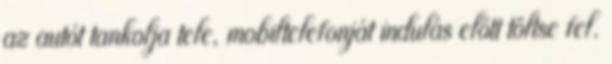
az autót tankolja tele, mobiltelefonját indulás előtt töltse fel.